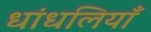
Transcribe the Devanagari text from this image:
धांधलियाँ